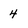
Character: 4